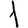
Digit: 1